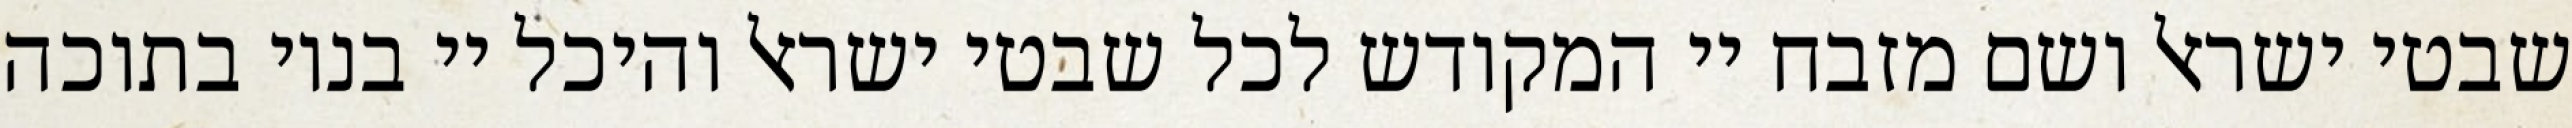
שבטי ישראל ושם מזבח יי המקודש לכל שבטי ישראל והיכל יי בנוי בתוכה